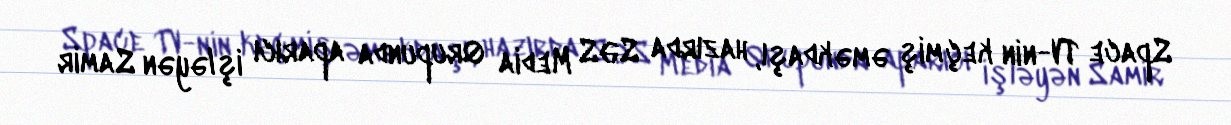
Space TV-nin keçmiş əməkdaşı, hazırda SƏS Media Qrupunda aparıcı işləyən Samir